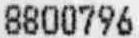
8800796